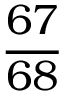
\frac { 6 7 } { 6 8 }